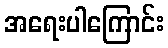
အရေးပါကြောင်း